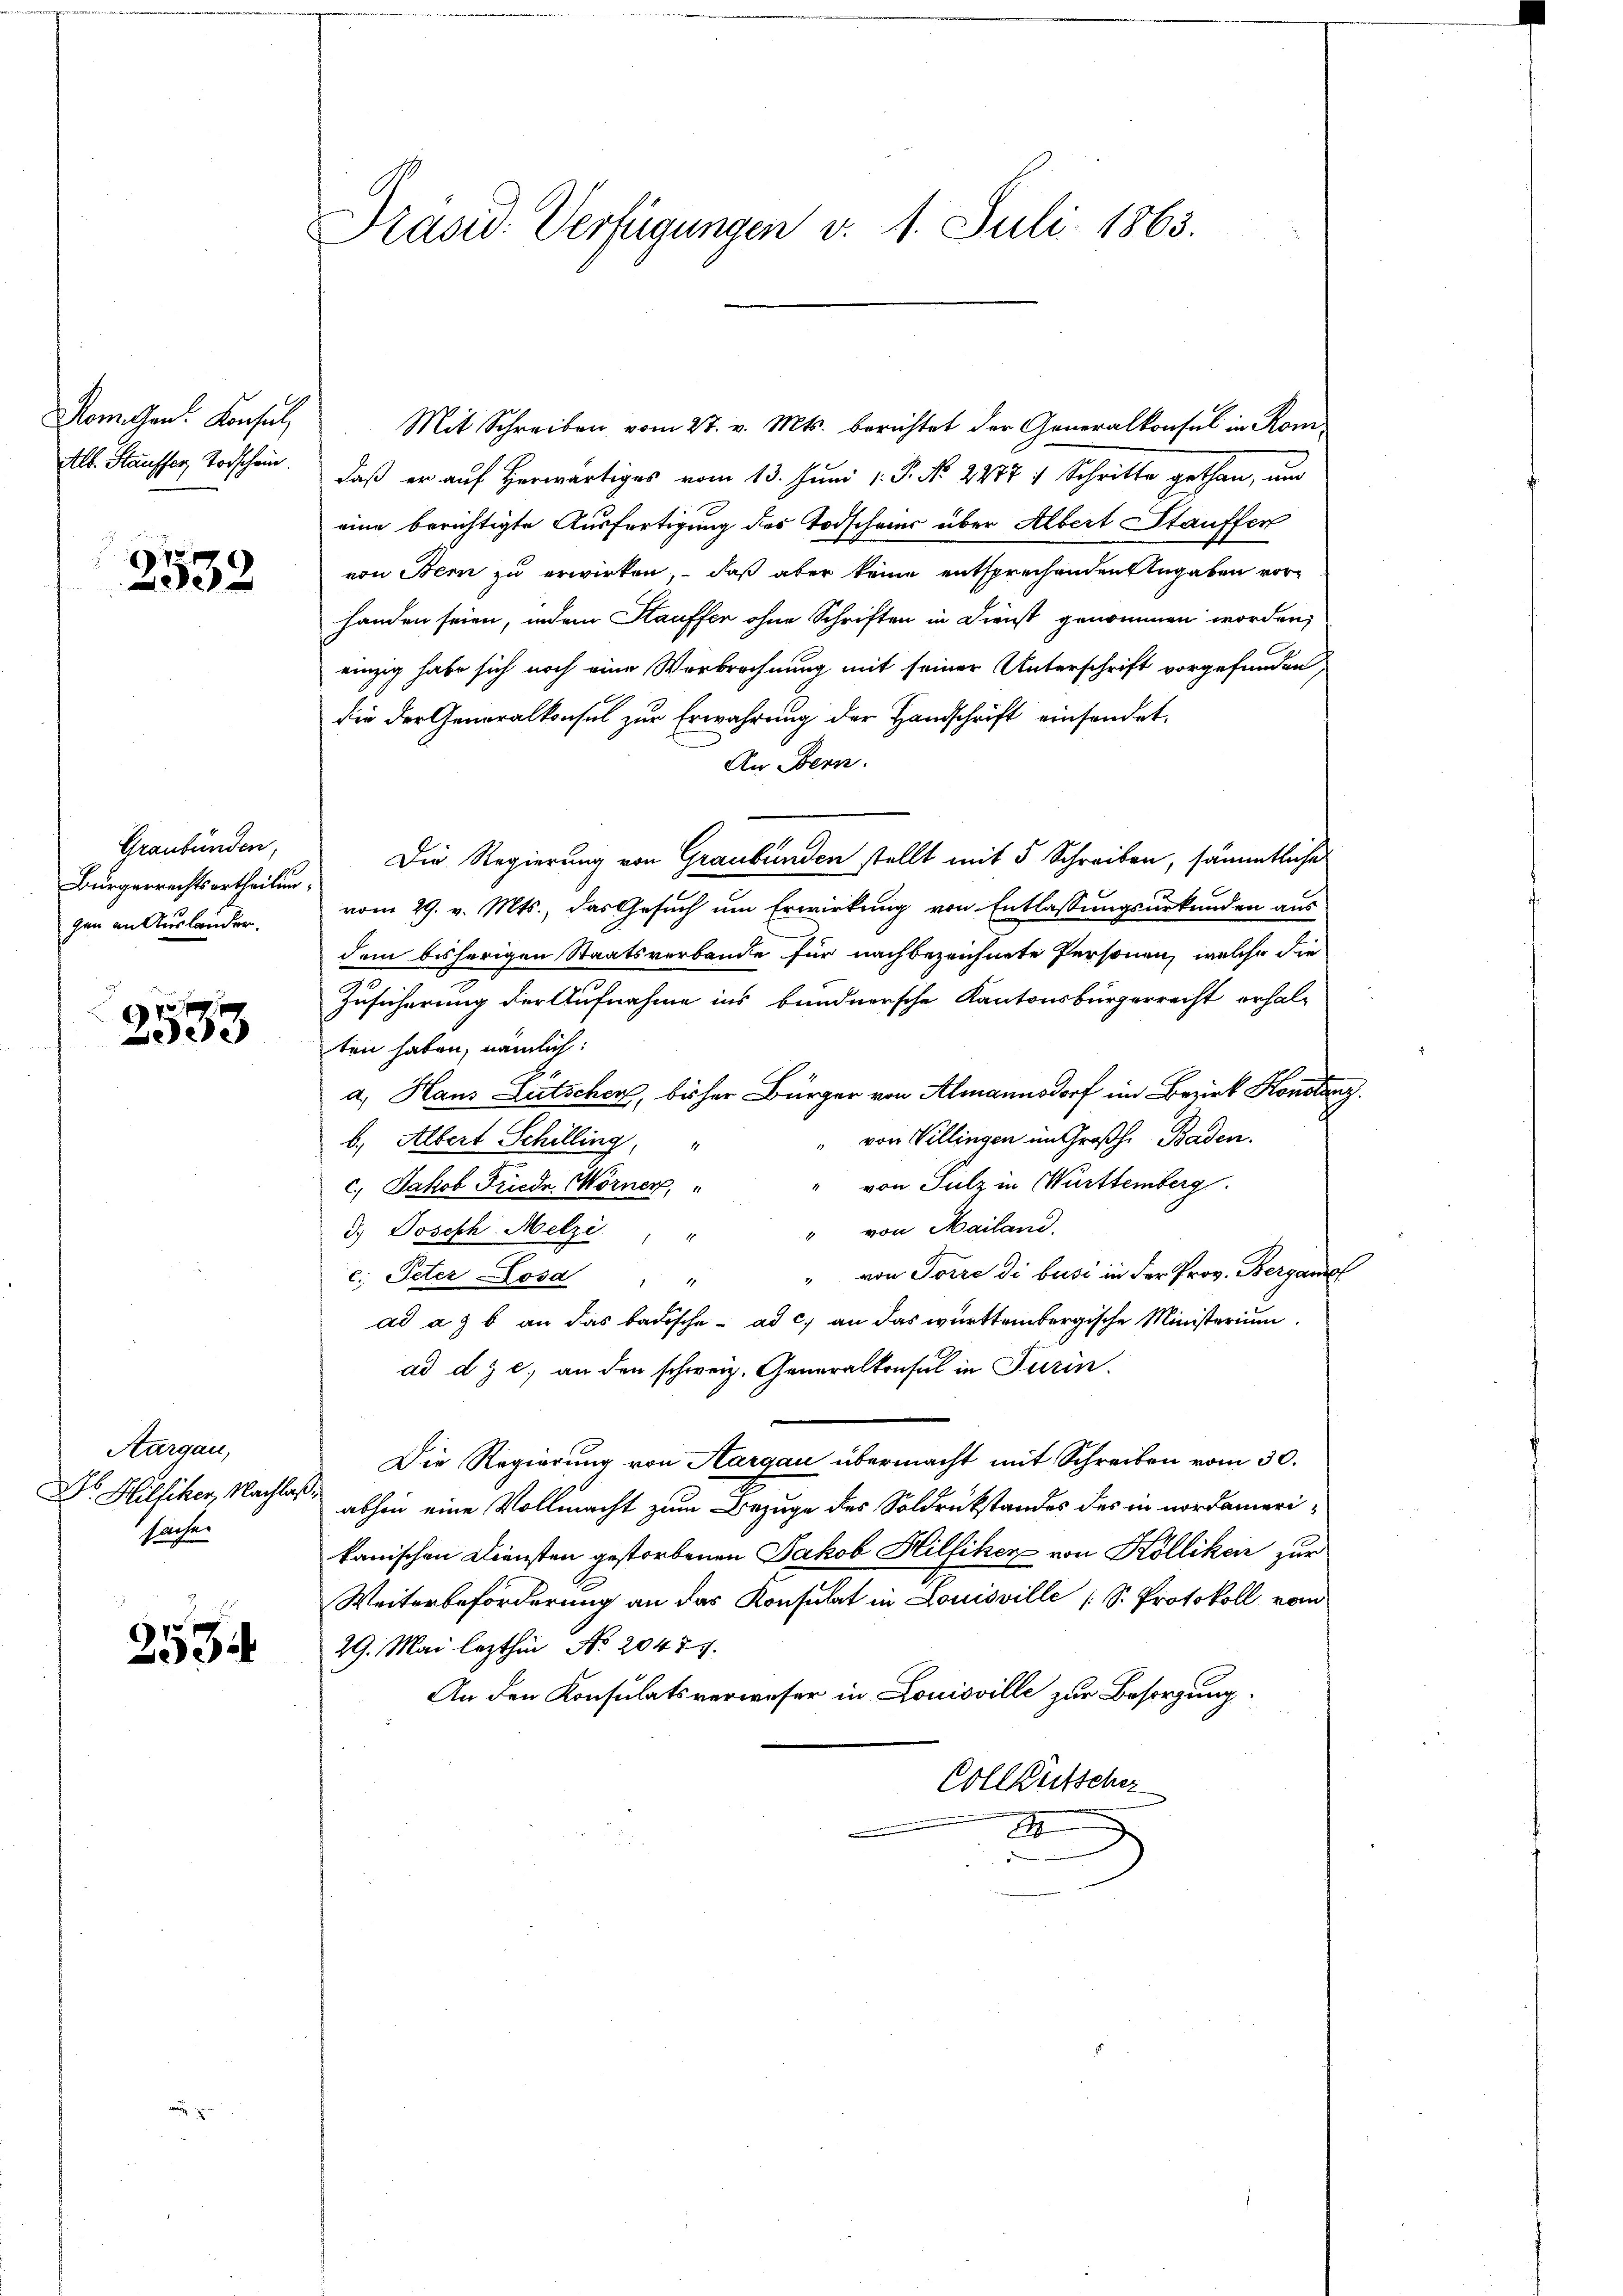
Nomchen Konsul
Alb. Stausser Todschein.

7
30x

Graubünden,
Bürgerrechts ertheilung
gen an Auslander,

74
553

Aargau,
Dr. Hilliker, Nachlag
sache.

2534

Präsid. Verfügungen v. 1. Juli 1863.

Mit Schreiben vom 27. v. Mts. berichtet der Generalkonsul in Rom
daß er auf Herwärtiges vom 13. Juni l. J. No. 2877 4 Schritte gethan, und
eine berichtigte Ausfertigung des Todscheins über Albert Stauffer
von Bern zu erwirken, daß aber keine entsprechenden Angaben vorhanden seien, indem Hauffer ohne Schriften in Dienst genommen worden,
einzig habe sich noch eine Verbrechnung mit seiner Unterschrift vorgefunden,
die der Generalkonsul zur Erwahrung der Handschrift einsendet.
An Bern.
Die Regierung von Graubünden stellt mit 5 Schreiben, sämmtliche
vom 29. v. Mts., das Gesuch um Erwirkung von Entlassungsurkunden aus
dem bisherigen Staatsverbande für nachbezeichnete Personen, welche die
Zusicherung der Aufnahme ins bundnersche Kantonsbürgerrecht erhal-
ten haben, nämlich:
a.) Haus Litschen, bisher Bürger von Almannsdorf im Bezirk Konstanz.
" von Villingen im Großh. Baden.
b. Albert Schilling, "
von Sulz in Württemberg.
c. Jakob Friede Worner,
" von Mailand.
3.) Joseph Melzi, "
" von Torre di busi in der Prov. Bergan
c. Peter Josa " "
ad a. b. an das badische ad c.) an das württembergische Ministerium
ad dz c. an den schweiz. Generalkonsul in Turin.
Die Regierung von Aargau übermacht mit Schreiben vom 30.
abhin eine Vollmacht zum Bezuge des Soldrükstandes des in nordamerikanischen Diensten gestorbenen Jakob Hilfiker von Kölliken zur
Weiterbeförderung an das Konsulat in Louisville (S. Protokoll vom
29. Mai lezthin No. 20474.
An den Konsulatsverweser in Louisville zur Besorgung,
Vollkutscher
A